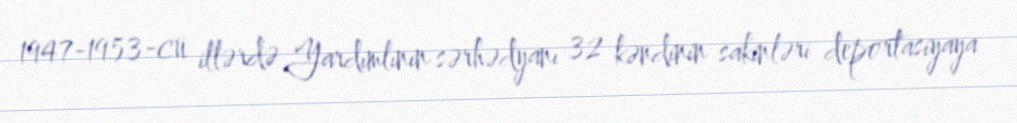
1947-1953-cü illərdə Yardımlının sərhədyanı 32 kəndinin sakinləri deportasiyaya